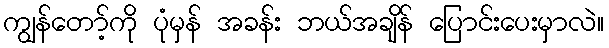
ကျွန်တော့်ကို ပုံမှန် အခန်း ဘယ်အချိန် ပြောင်းပေးမှာလဲ။